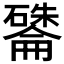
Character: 𪿽